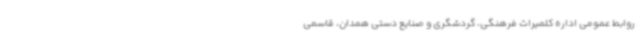
روابط عمومی اداره کلمیراث فرهنگی، گردشگری و صنایع دستی همدان، قاسمی